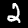
Digit: 2